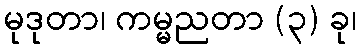
မုဒုတာ၊ ကမ္မညတာ (၃) ခု၊